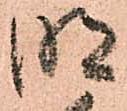
明